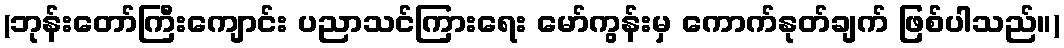
(ဘုန်းတော်ကြီးကျောင်း ပညာသင်ကြားရေး မော်ကွန်းမှ ကောက်နုတ်ချက် ဖြစ်ပါသည်။)